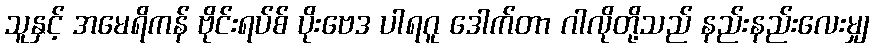
သူနှင့် အမေရိကန် ဗိုင်းရပ်စ် ပိုးဗေဒ ပါရဂူ ဒေါက်တာ ဂါလိုတို့သည် နည်းနည်းလေးမျှ